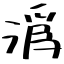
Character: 潙